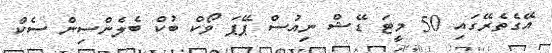
އޭގެތެރޭގައި 50 މީޓަ ޑޭޝް ނިއުސް ޕޭޕަ ވޯކް ބުކް ބެލެންސިން ސެކް